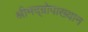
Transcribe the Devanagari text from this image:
श्रीमद्‌ग्रोपाख्यान